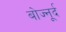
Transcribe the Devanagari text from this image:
बोज्नूर्द